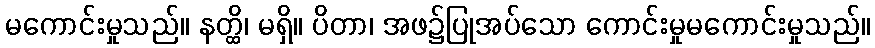
မကောင်းမှုသည်။ နတ္ထိ၊ မရှိ။ ပိတာ၊ အဖ၌ပြုအပ်သော ကောင်းမှုမကောင်းမှုသည်။